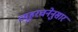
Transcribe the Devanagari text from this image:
व्यूहरचनेनुसार